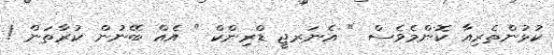
ކުޅުންތެރިއާ ކޮންމެވެސް " އެނަރޖީ ޑްރިންކް " އެއް ބޭނުން ކުރާތަން !